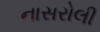
નાસરોલી